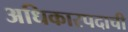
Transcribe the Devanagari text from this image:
अधिकारपदाची